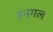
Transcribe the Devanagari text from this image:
हनगल